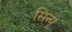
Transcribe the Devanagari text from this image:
सिन्यू